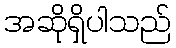
အဆိုရှိပါသည်